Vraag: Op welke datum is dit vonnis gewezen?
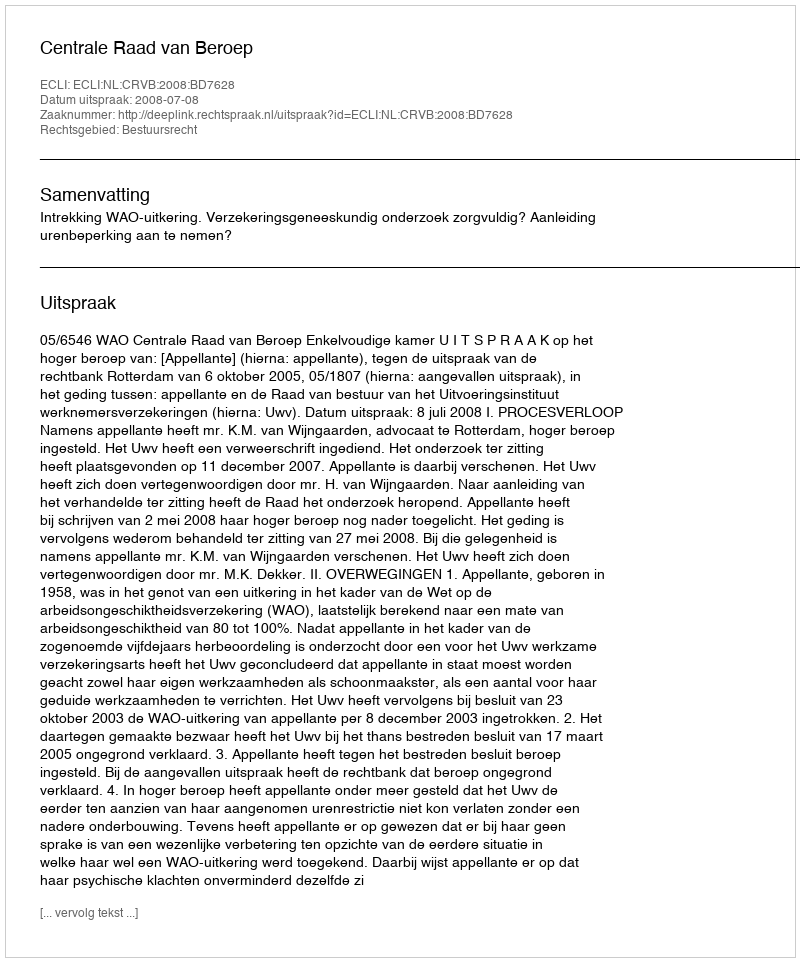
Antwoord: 2008-07-08